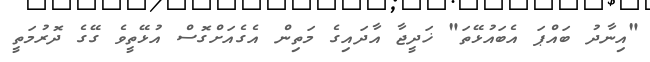
"އިނާދު ބައްޕަ އެބައުޅޭތަ" ޚަދީޖާ އާދައިގެ މަތިން އެގެއަށްގޮސް އުޅޭތީވެ ގޭގެ ދޮރުމަތީ